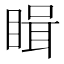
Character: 䁒